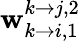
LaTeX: \mathbf{w}_{k\rightarrow i,1}^{k\rightarrow j,2}